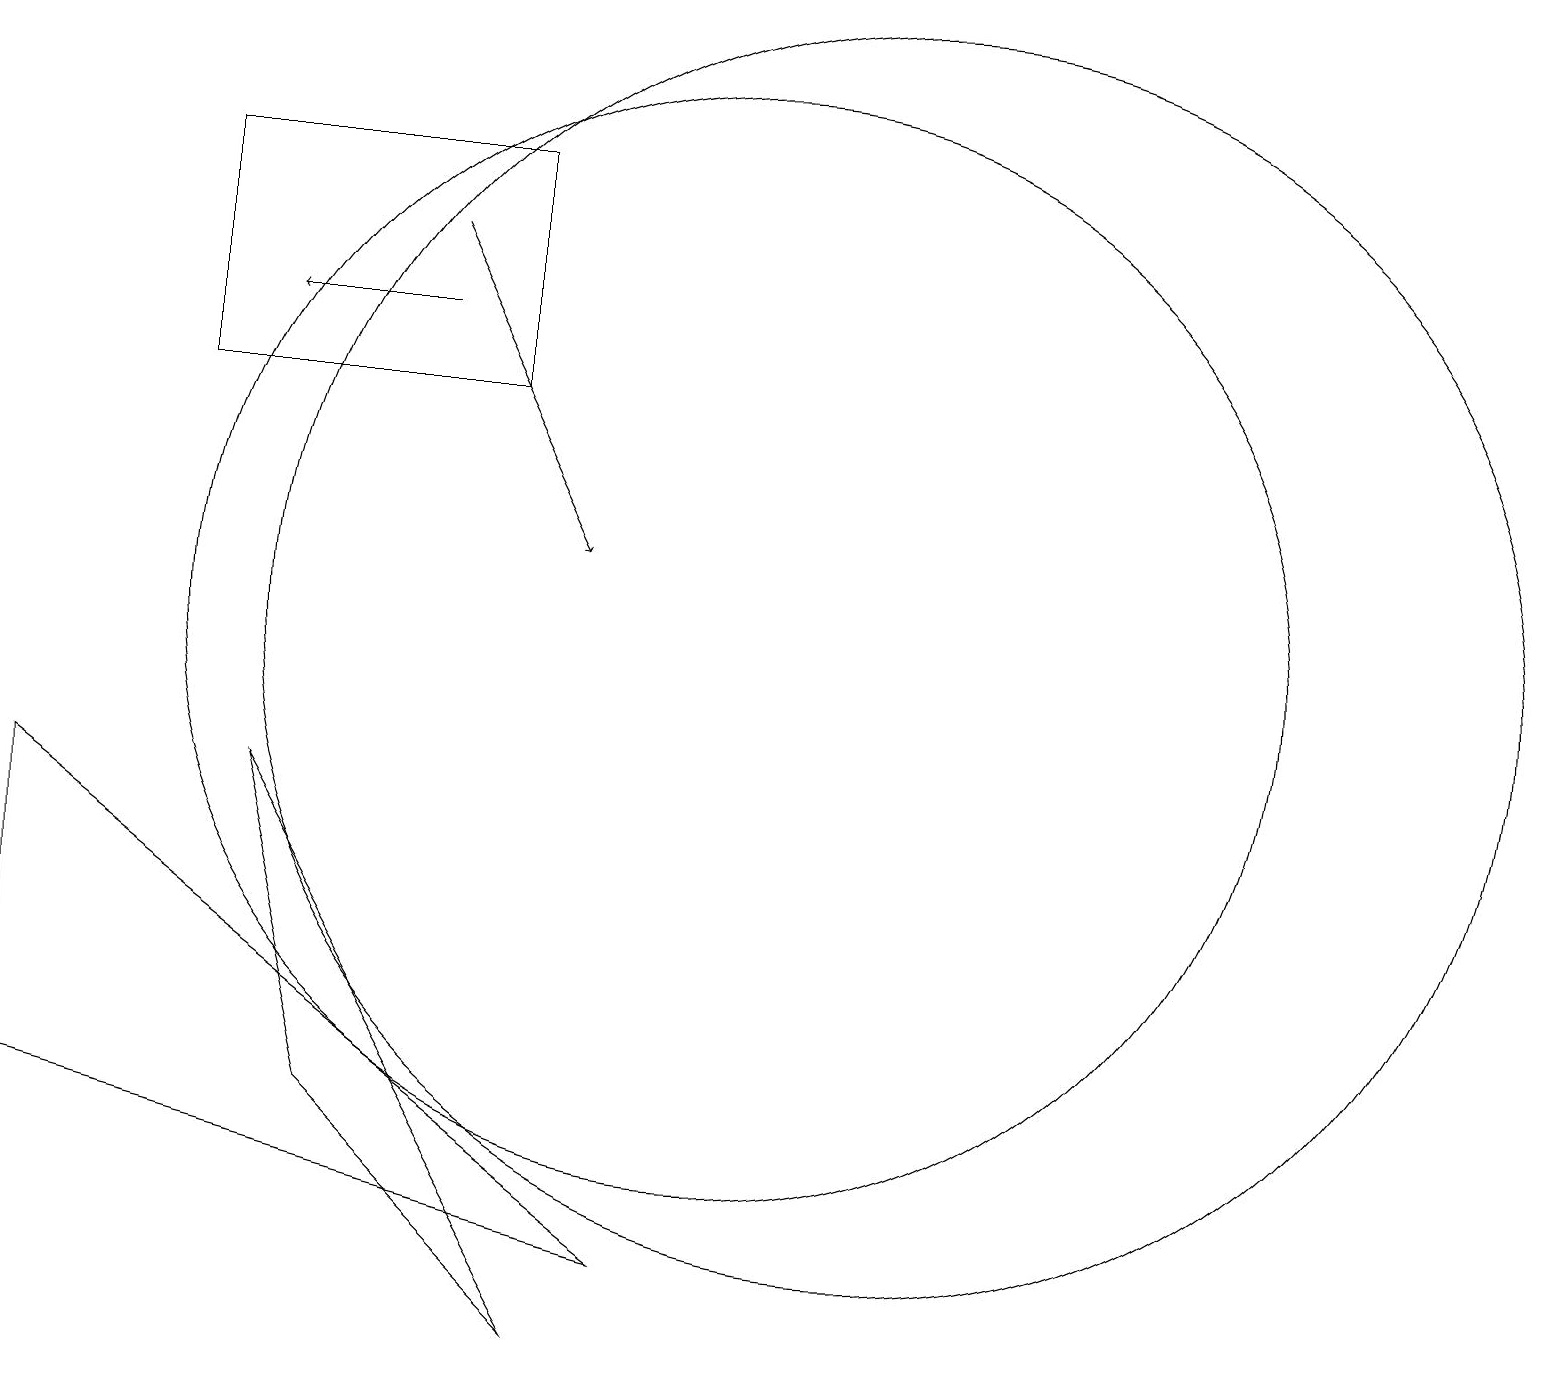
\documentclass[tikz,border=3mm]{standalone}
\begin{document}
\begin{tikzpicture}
\draw (10,10) circle (0);
\draw (9,2) -- (1,8) -- (1,4) -- cycle;
\draw (5,4) -- (4,8) -- (8,1) -- cycle;
\draw (12,10) circle (8);
\draw (10,10) circle (7);
\draw[->] (6,14) -- (4,14);
\draw[->] (6,15) -- (8,11);
\draw (3,13) rectangle (7,16);
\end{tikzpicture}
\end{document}